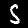
Digit: 5